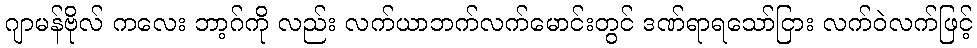
ဂျာမန်ဗိုလ် ကလေး ဘာ့ဂ်ကို လည်း လက်ယာဘက်လက်မောင်းတွင် ဒဏ်ရာရသော်ငြား လက်ဝဲလက်ဖြင့်